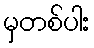
မှတစ်ပါး